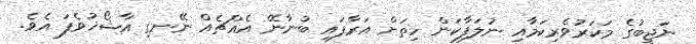
ނަޖީބުގެ މަކަރުވެރިކަމާއި ނުލަފާކަން ހިތަށް އަރާފައި ބުނާނޭ އެއްޗެއް ނޭނގި އާޝޯޚުވެފަ އެވެ.